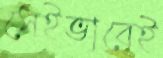
সেইভাবেই